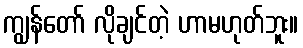
ကျွန်တော် လိုချင်တဲ့ ဟာမဟုတ်ဘူး။